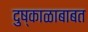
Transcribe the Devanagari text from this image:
दुष्काळाबाबत